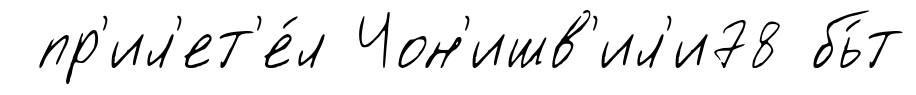
пр'ил'ет'е́л Чон'ишв'ил'и78 бь́т